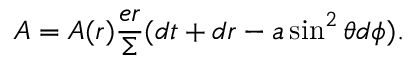
A = { \cal A } ( r ) \frac { e r } \Sigma ( d t + d r - a \sin ^ { 2 } \theta d \phi ) .